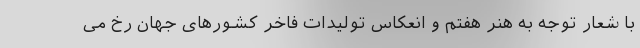
با شعار توجه به هنر هفتم و انعکاس تولیدات فاخر کشورهای جهان رخ می